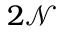
2 \mathcal { N }